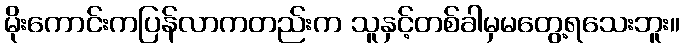
မိုးကောင်းကပြန်လာကတည်းက သူနှင့်တစ်ခါမှမတွေ့ရသေးဘူး။